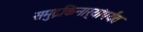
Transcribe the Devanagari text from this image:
समुद्रकिनार्‍यांपर्यंत